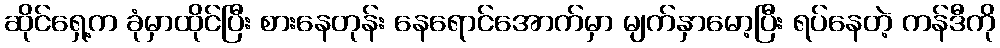
ဆိုင်ရှေ့က ခုံမှာထိုင်ပြီး စားနေတုန်း နေရောင်အောက်မှာ မျက်နှာမော့ပြီး ရပ်နေတဲ့ ကန်ဒီကို